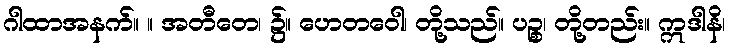
ဂါထာအနက်။ ။ အတီတေ၊ ၌။ ဟေတဝေါ၊ တို့သည်။ ပဉ္စ၊ တို့တည်း။ ဣဒါနိ၊